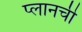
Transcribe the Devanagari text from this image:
प्लानची